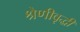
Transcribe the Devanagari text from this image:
श्रेणीवृद्धी